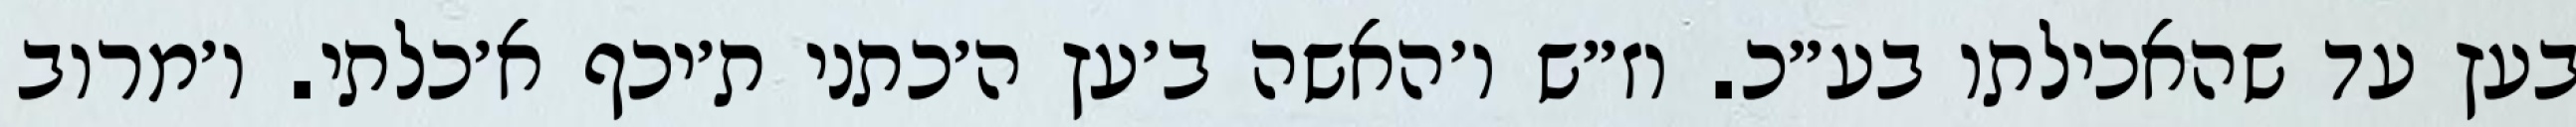
בעץ עד שהאכילתו בע״כ. וז״ש ו׳האשה ב׳עץ ה׳כתני ת׳יכף א׳כלתי. ו׳מרוב